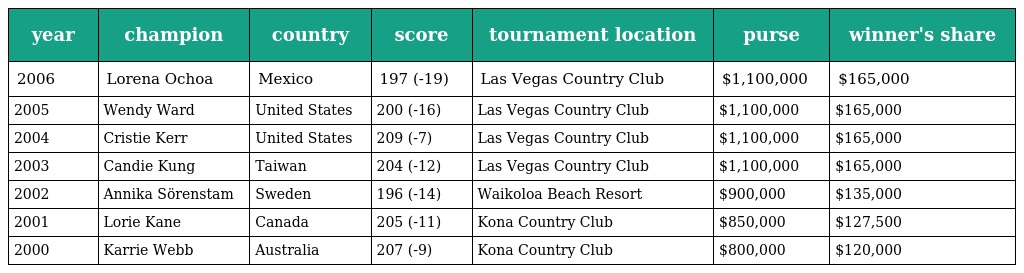
| year | champion | country | score | tournament location | purse | winner's share |
 | --- | --- | --- | --- | --- | --- | --- |
 | 2006 | Lorena Ochoa | Mexico | 197 (-19) | Las Vegas Country Club | $1,100,000 | $165,000 |
 | 2005 | Wendy Ward | United States | 200 (-16) | Las Vegas Country Club | $1,100,000 | $165,000 |
 | 2004 | Cristie Kerr | United States | 209 (-7) | Las Vegas Country Club | $1,100,000 | $165,000 |
 | 2003 | Candie Kung | Taiwan | 204 (-12) | Las Vegas Country Club | $1,100,000 | $165,000 |
 | 2002 | Annika Sörenstam | Sweden | 196 (-14) | Waikoloa Beach Resort | $900,000 | $135,000 |
 | 2001 | Lorie Kane | Canada | 205 (-11) | Kona Country Club | $850,000 | $127,500 |
 | 2000 | Karrie Webb | Australia | 207 (-9) | Kona Country Club | $800,000 | $120,000 |